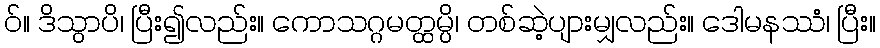
ဝ်။ ဒိသွာပိ၊ ပြီး၍လည်း။ ကောသဂ္ဂမတ္ထမ္ပိ၊ တစ်ဆဲ့ပျားမျှလည်း။ ဒေါမနဿံ၊ ပြီး။